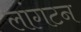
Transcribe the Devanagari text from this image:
लांगटन